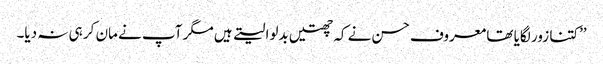
’’کتنا زور لگایا تھا معروف حسن نے کہ چھتیں بدلوا لیتے ہیں مگر آپ نے مان کر ہی نہ دیا۔